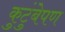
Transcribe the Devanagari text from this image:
कुटुंबेपण